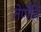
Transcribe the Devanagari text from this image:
तेणेंचि